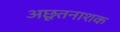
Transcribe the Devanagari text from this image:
अछूतनाशक